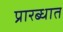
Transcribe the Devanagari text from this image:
प्रारब्धात